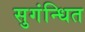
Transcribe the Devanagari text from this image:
सुगंन्‍धित